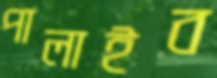
পালাইব